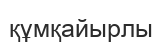
құмқайырлы